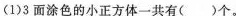
(1)3面涂色的小正方体一共有( )个。